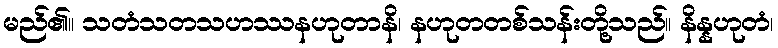
မည်၏။ သတံသတသဟဿနဟုတာနိ၊ နဟုတတစ်သန်းတို့သည်။ နိန္နဟုတံ၊